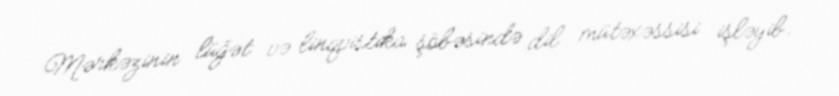
Mərkəzinin lüğət və linqvistika şöbəsində dil mütəxəssisi işləyib.